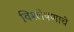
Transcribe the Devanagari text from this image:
विश्‍लेषणाचे